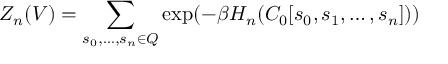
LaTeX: Z _ { n } ( V ) = \sum _ { s _ { 0 } , \ldots , s _ { n } \in Q } \exp ( - \beta H _ { n } ( C _ { 0 } [ s _ { 0 } , s _ { 1 } , \ldots , s _ { n } ] ) )